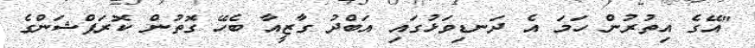
"އޭގެ އިތުރުން ހަމަ އެ ދަނޑިވަޅުގައި އަބްދު ގާޒީއާ ބެހޭ ގޮތުން ކޮރަޕްޝަންގެ